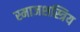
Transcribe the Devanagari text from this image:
स्माजशस्त्रिय